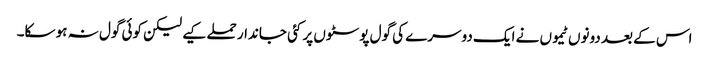
اس کے بعد دونوں ٹیموں نے ایک دوسرے کی گول پوسٹوں پر کئی جاندار حملے کیے لیکن کوئی گول نہ ہو سکا۔